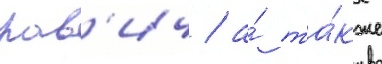
рав'ич / а́ та́кже